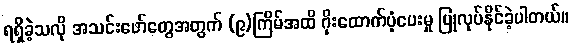
ရရှိခဲ့သလို အသင်းဖော်တွေအတွက် (၉)ကြိမ်အထိ ဂိုးထောက်ပံ့ပေးမှု ပြုလုပ်နိုင်ခဲ့ပါတယ်။